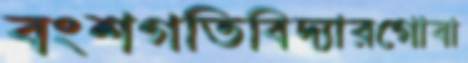
বংশগতিবিদ্যারগোবা